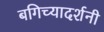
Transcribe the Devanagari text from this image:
बगिच्यादर्शनी